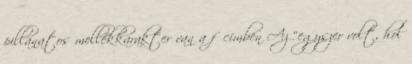
pillanatos mellékkarakter van a főcímben Az “egyszer volt, hol